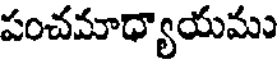
పంచమాధ్యాయము